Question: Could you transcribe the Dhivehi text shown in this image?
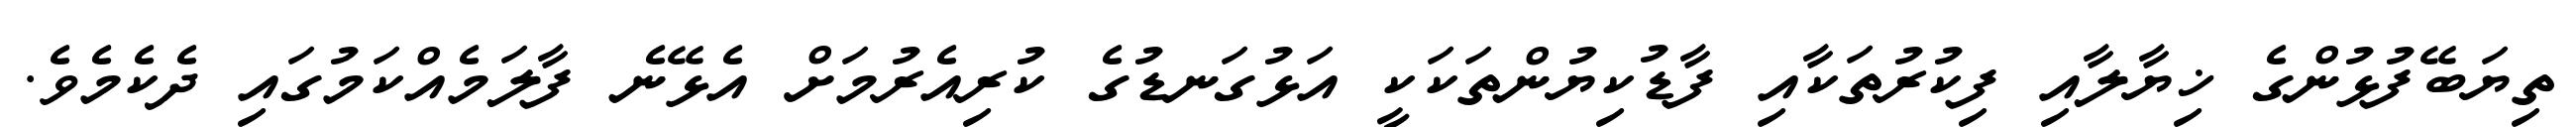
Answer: ތިޔަބޭފުޅުންގެ ޚިޔާލާއި ފިކުރުތަކާއި ފާޑުކިޔުންތަކަކީ އަޅުގަނޑުގެ ކުރިއެރުމަށް އެޅޭނެ ފާލަމެއްކަމުގައި ދެކެމެވެ.